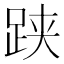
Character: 𬦯